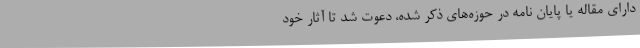
دارای مقاله یا پایان نامه در حوزه‌های ذکر شده، دعوت شد تا آثار خود